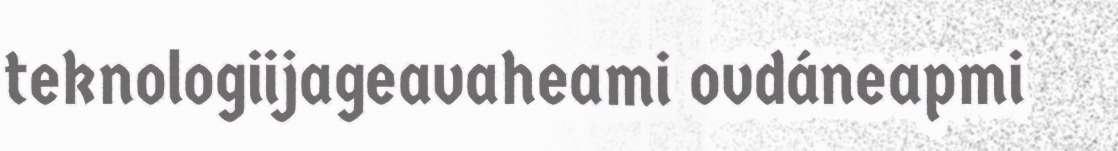
teknologiijageavaheami ovdáneapmi